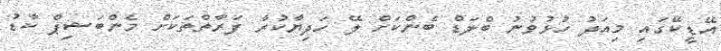
އޭޑީކޭގައި މިއަދު ހުޅުވުނު ބްލަޑް ބެންކަށް ލޭ ހަދިޔާކުރާ ފަރާތްތަކަށް މެންބަޝިޕް ކާޑު